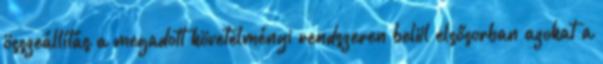
összeállítás a megadott követelményi rendszeren belül elsősorban azokat a